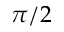
\pi / 2